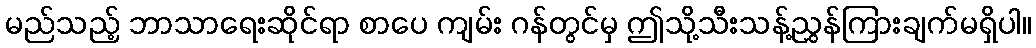
မည်သည့် ဘာသာရေးဆိုင်ရာ စာပေ ကျမ်း ဂန်တွင်မှ ဤသို့သီးသန့်ညွှန်ကြားချက်မရှိပါ။